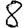
Digit: 8